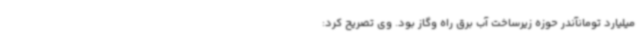
میلیارد تومانآندر حوزه زیرساخت آب برق راه وگاز بود. وی تصریح کرد: